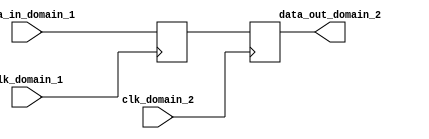
module synchronizer (
    input wire clk_domain_1,
    input wire data_in_domain_1,
    input wire clk_domain_2,
    output reg data_out_domain_2
);

reg synchronized_data;

always @(posedge clk_domain_1) begin
    synchronized_data <= data_in_domain_1;
end

always @(posedge clk_domain_2) begin
    data_out_domain_2 <= synchronized_data;
end

endmodule